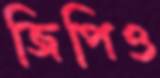
জিপিও